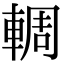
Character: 輖